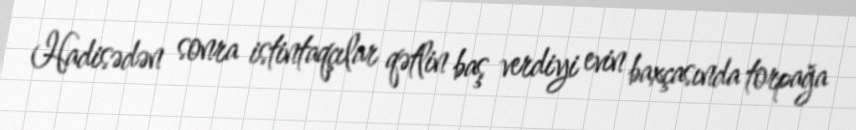
Hadisədən sonra istintaqçılar qətlin baş verdiyi evin baxçasında torpağa